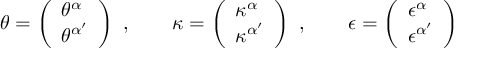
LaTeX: \theta = \left( \begin{array} { l } { { \theta ^ { \alpha } } } \\ { { \theta ^ { \alpha ^ { \prime } } } } \end{array} \right) \ , \qquad \kappa = \left( \begin{array} { l } { { \kappa ^ { \alpha } } } \\ { { \kappa ^ { \alpha ^ { \prime } } } } \end{array} \right) \ , \qquad \epsilon = \left( \begin{array} { l } { { \epsilon ^ { \alpha } } } \\ { { \epsilon ^ { \alpha ^ { \prime } } } } \end{array} \right)